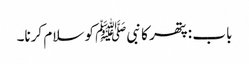
باب : پتھر کا نبیﷺ کو سلام کرنا۔